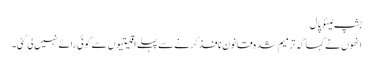
بشپ لیئو پال
انھوں نے کہا کہ ترمیم شدہ قانون نافذ کرنے سے پہلے اقلیتیوں سے کوئی رائے نہیں لی گئی۔